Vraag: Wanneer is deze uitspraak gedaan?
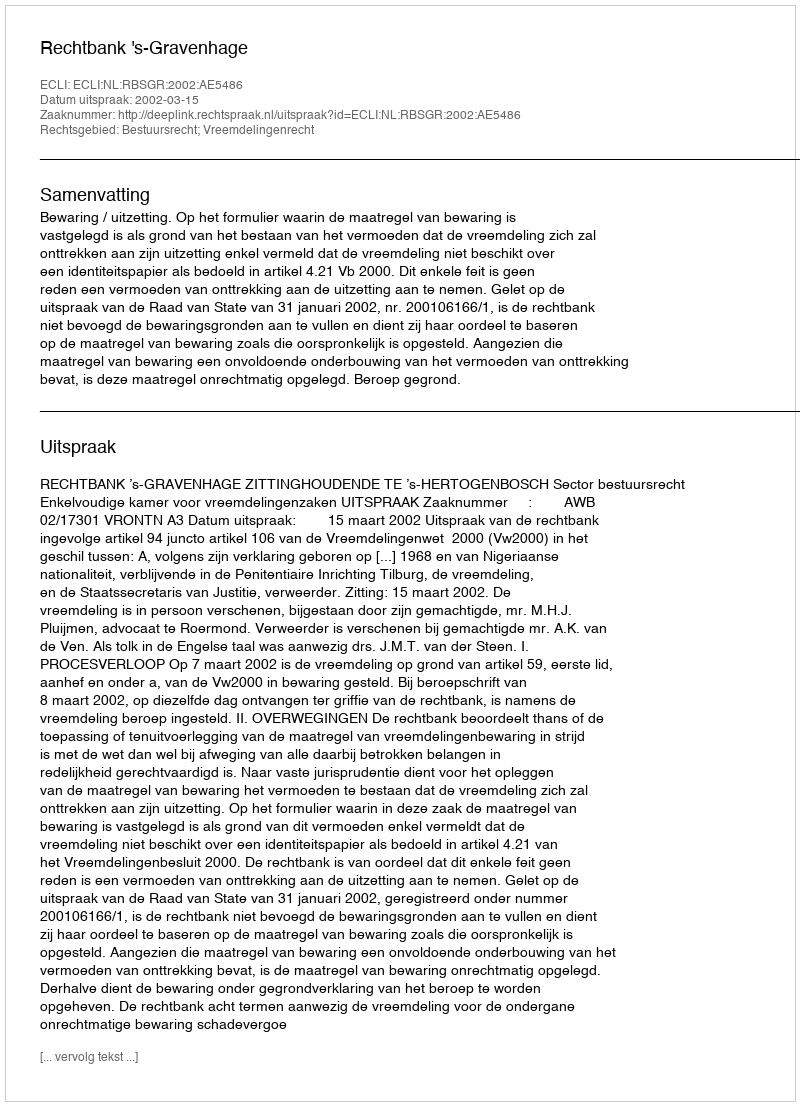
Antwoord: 2002-03-15